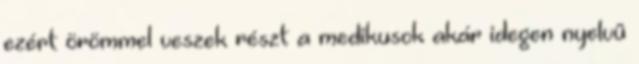
ezért örömmel veszek részt a medikusok akár idegen nyelvû